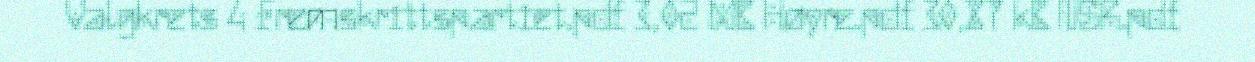
Valgkrets 4 Fremskrittspartiet.pdf 3,02 MB Høyre.pdf 30,87 kB NSR.pdf